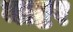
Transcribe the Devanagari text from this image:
माष्टर